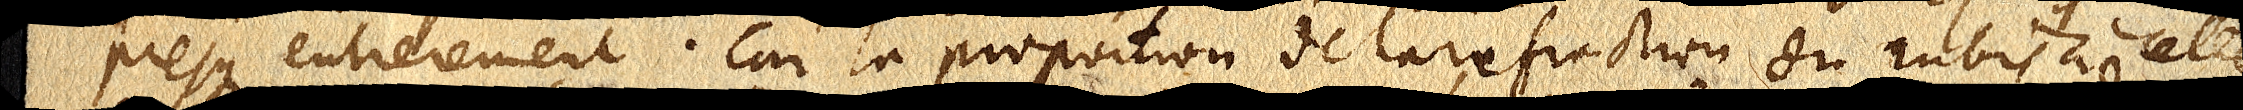
presque entierement. Car la proportion de la refraction du rubis à celle